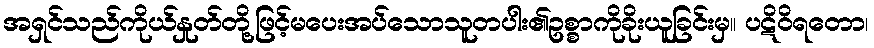
အရှင်သည်ကိုယ်နှုတ်တို့ဖြင့်မပေးအပ်သောသူတပါး၏ဥစ္စာကိုခိုးယူခြင်းမှ။ ပဋိဝိရတော၊